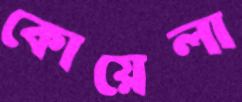
কোয়েলা